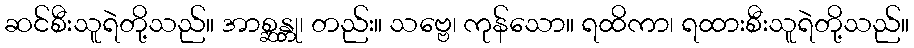
ဆင်စီးသူရဲတို့သည်။ အာစ္ဆန္တု၊ တည်း။ သဗ္ဗေ၊ ကုန်သော။ ရထိကာ၊ ရထားစီးသူရဲတို့သည်။